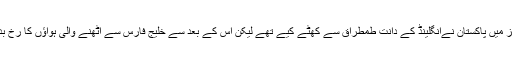
ٹیسٹ سیریز میں پاکستان نےانگلینڈ کے دانت طمطراق سے کھٹے کیے تھے لیکن اس کے بعد سے خلیج فارس سے اٹھنے والی ہواؤں کا رخ بدل چکا ہے۔